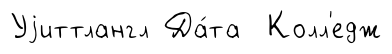
Уjиттлангл Да́та Колл'едж